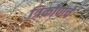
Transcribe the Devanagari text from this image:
त्रिकोणचे